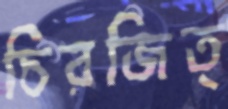
চিরজিত্